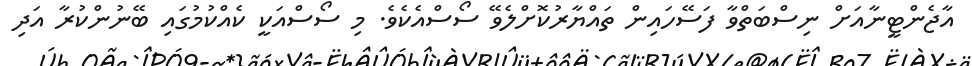
އާޖެންޓީނާއަށް ނިސްބަތްވާ ފަސޭހައިން ތައްޔާރުކޮށްލެވޭ ސޯސްއެކެވެ. މި ސޯސްއަކީ ކެއްކުމުގައި ބޭނުންކުރާ އަދި